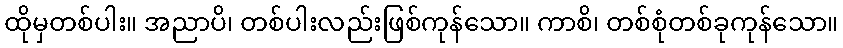
ထိုမှတစ်ပါး။ အညာပိ၊ တစ်ပါးလည်းဖြစ်ကုန်သော။ ကာစိ၊ တစ်စုံတစ်ခုကုန်သော။